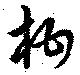
柑